Leaving Certificate Examination, 1923
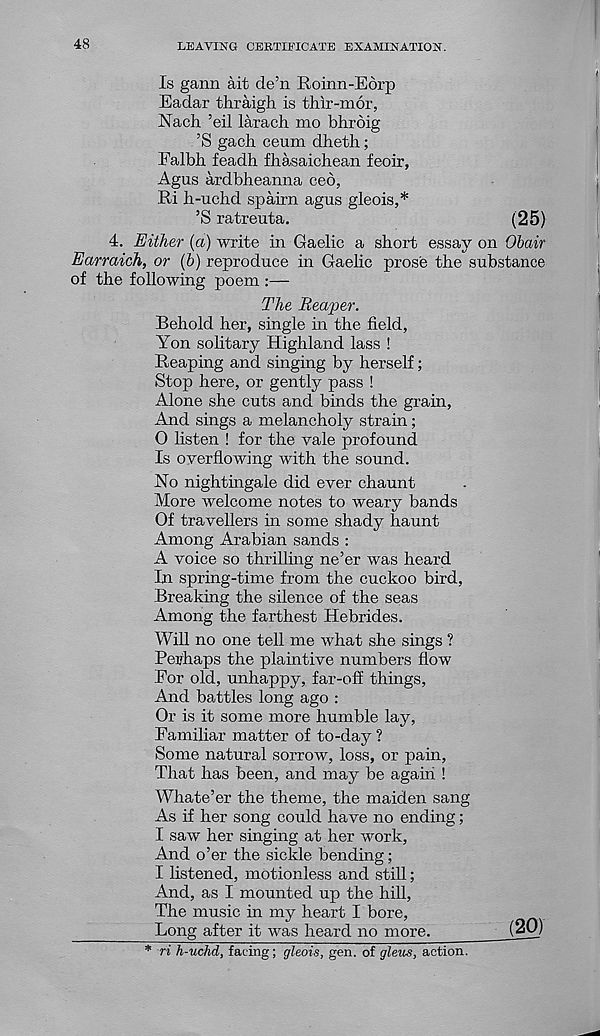
48
LEAVING CERTIFICATE EXAMINATION.
Is gann ait de’n Roinn-Eorp
Eadar thraigh is thir-mor,
Nach ’eil larach mo bhroig
’S gach ceum dheth;
Falbli feadh fhasaichean feoir,
Agus ardbheanna ceb,
Ri h-uchd spairn agus gleois,*
’S ratreuta.
(25)
4. Either (a) write in Gaelic a short essay on Obair
Earraich, or (b) reproduce in Gaelic prose the substance
of the following poem :—
The Reaper.
Behold her, single in the field,
Yon solitary Highland lass !
Reaping and singing by herself;
Stop here, or gently pass !
Alone she cuts and binds the grain,
And sings a melancholy strain;
0 listen ! for the vale profound
Is overflowing with the sound.
No nightingale did ever chaunt
More welcome notes to weary bands
Of travellers in some shady haunt
Among Arabian sands :
A voice so thrilling ne’er was heard
In spring-time from the cuckoo bird,
Breaking the silence of the seas
Among the farthest Hebrides.
Will no one tell me what she sings ?
Perhaps the plaintive numbers flow
For old, unhappy, far-off things,
And battles long ago :
Or is it some more humble lay,
Familiar matter of to-day ?
Some natural sorrow, loss, or pain,
That has been, and may be again !
Whate’er the theme, the maiden sang
As if her song could have no ending;
I saw her singing at her work,
And o’er the sickle bending;
I listened, motionless and still;
And, as I mounted up the hill,
The music in my heart I bore,
Long after it was heard no more.
(20)
* ri h-uchd, facing; gleois, gen. of gleus, action.